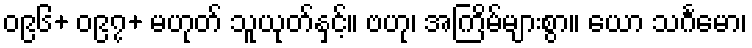
၀၉၆+ ၀၉၇+ မဟုတ် သူယုတ်နှင့်။ ဗဟု၊ အကြိမ်များစွာ။ ယော သင်္ဂမော၊